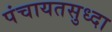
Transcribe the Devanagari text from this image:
पंचायतसुध्दा